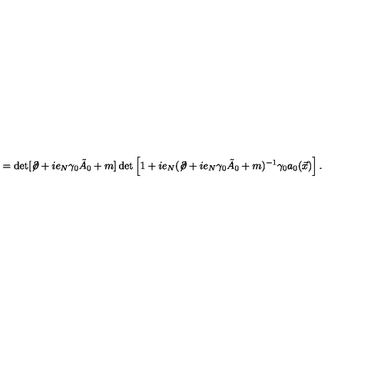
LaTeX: = \det [ \not \! \partial + i e _ { N } \gamma _ { 0 } { \tilde { A } } _ { 0 } + m ] \det \left[ 1 + i e _ { N } ( \not \! \partial + i e _ { N } \gamma _ { 0 } { \tilde { A } } _ { 0 } + m ) ^ { - 1 } \gamma _ { 0 } a _ { 0 } ( \vec { x } ) \right] .